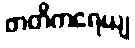
ဖာတိကရေယျ